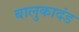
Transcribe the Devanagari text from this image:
बालुकादंड